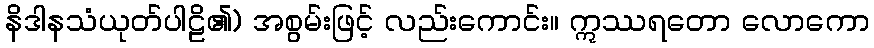
နိဒါနသံယုတ်ပါဠိ၏) အစွမ်းဖြင့် လည်းကောင်း။ ဣဿရတော လောကော